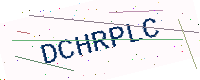
Text: DCHRPLC